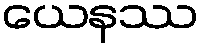
ယေနဿ